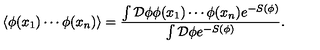
\langle \phi ( x _ { 1 } ) \cdots \phi ( x _ { n } ) \rangle = \frac { \int \mathcal { D } \phi \phi ( x _ { 1 } ) \cdots \phi ( x _ { n } ) e ^ { - S ( \phi ) } } { \int \mathcal { D } \phi e ^ { - S ( \phi ) } } .